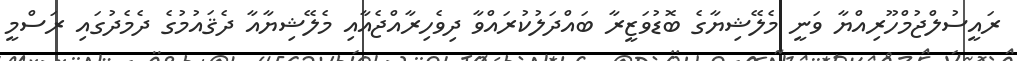
ރައީސުލްޖުމްހޫރިއްޔާ ވަނީ މެލޭޝިޔާގެ ބޮޑުވަޒީރާ ބައްދަލުކުރައްވާ ދިވެހިރާއްޖެއާއި މެލޭޝިޔާއާ ދެޤައުމުގެ ދެމެދުގައި ރަސްމީ